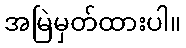
အမြဲမှတ်ထားပါ။